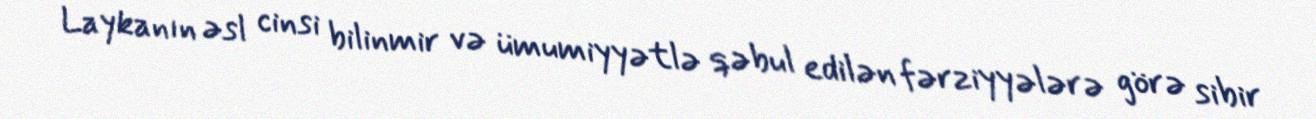
Laykanın əsl cinsi bilinmir və ümumiyyətlə qəbul edilən fərziyyələrə görə sibir